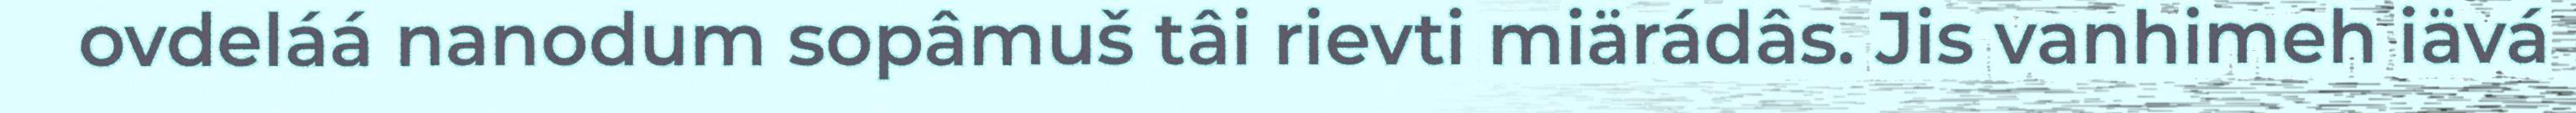
ovdeláá nanodum sopâmuš tâi rievti miärádâs. Jis vanhimeh iävá